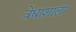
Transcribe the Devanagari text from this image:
वेधाशाला